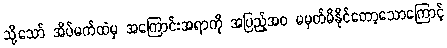
သို့သော် အိပ်မက်ထဲမှ အကြောင်းအရာကို အပြည့်အဝ မမှတ်မိနိုင်တော့သောကြောင့်